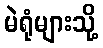
မဲရုံများသို့